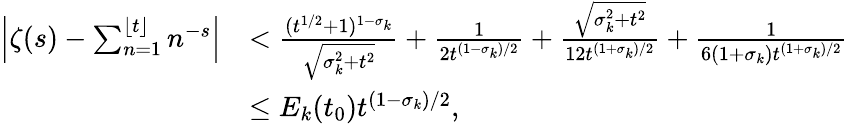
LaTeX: \begin{array}{rl}{\left|\zeta(s)-\sum_{n=1}^{\lfloor t\rfloor}n^{-s}\right|}&{<\frac{(t^{1/2}+1)^{1-\sigma_{k}}}{\sqrt{\sigma_{k}^{2}+t^{2}}}+\frac{1}{2t^{(1-\sigma_{k})/2}}+\frac{\sqrt{\sigma_{k}^{2}+t^{2}}}{12t^{(1+\sigma_{k})/2}}+\frac{1}{6(1+\sigma_{k})t^{(1+\sigma_{k})/2}}}\\ &{\le E_{k}(t_{0})t^{(1-\sigma_{k})/2},}\end{array}